Code of medical and sanitary regulations for the guidance of medical officers serving in the Madras Presidency - Volume I
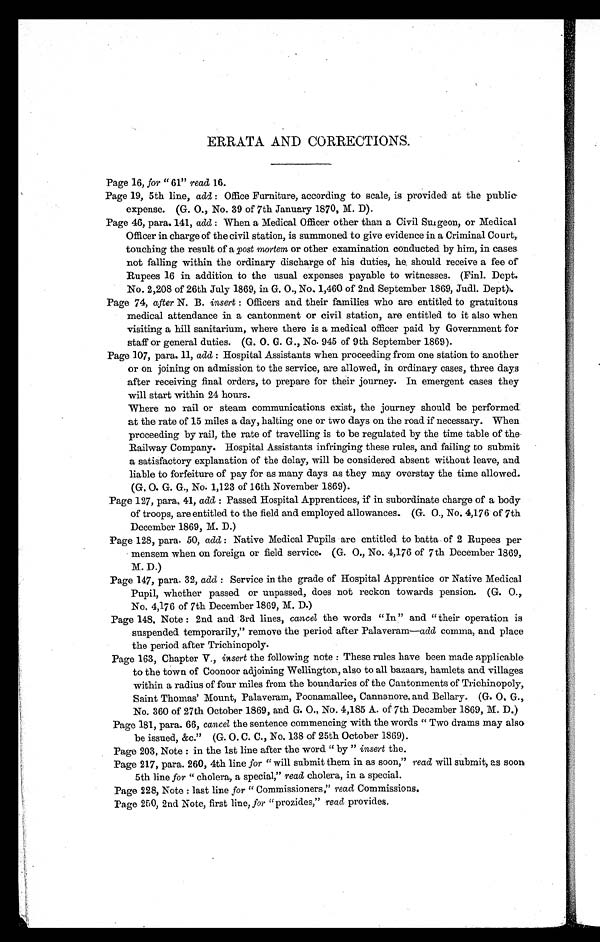
ERRATA AND CORRECTIONS.
Page 16, for "61" read 16.
Page 19, 5th line, add: O f f i c e F u r n i t u r e , a c c o r d i n g t o s c a l e , i s p r o v i d e d a t t h e p u b l i c
expense. (G. O., No. 39 of 7th January 1870, M. D).
Page 46, para. 141, add: W h e n a M e d i c a l O f f i c e r o t h e r t h a n a C i v i l S u r g e o n , o r M e d i c a l
Officer in charge of the civil station, is summoned to give evidence in a Criminal Court,
touching the result of a post mortem or other examination conducted by him, in cases
not falling within the ordinary discharge of his duties, he should receive a fee of
Rupees 16 in addition to the usual expenses payable to witnesses. (Finl. Dept.
No. 2,208 of 26th July 1869, in G. O., No, 1,460 of 2nd September 1869, Judl. Dept).
Page 74, after N. B. insert: Officers and their families who are entitled to gratuitous
medical attendance in a cantonment or civil station, are entitled to it also when
visiting a hill sanitarium, where there is a medical officer paid by Government for
staff or general duties. (G. O. G. G., No. 945 of 9th September 1869).
Page 107, para. 11, add: Hospital Assistants when proceeding from one station to another
or on joining on admission to the service, are allowed, in ordinary cases, three days
after receiving final orders, to prepare for their journey. In emergent cases they
will start within 24 hours.
Where no rail or steam communications exist, the journey should be performed
at the rate of 15 miles a day, halting one or two days on the road if necessary. When
proceeding by rail, the rate of travelling is to be regulated by the time table of the
Railway Company. Hospital Assistants infringing these rules, and failing to submit
a satisfactory explanation of the delay, will be considered absent without leave, and
liable to forfeiture of pay for as many days as they may overstay the time allowed.
(G. O. G. G., No. 1,123 of 16th November 1869).
Page 127, para. 41, add: Passed Hospital Apprentices, if in subordinate charge of a body
of troops, are entitled to the field and employed allowances. (G. O., No. 4,176 of 7th
December 1869, M. D.)
Page 128, para. 50, add: N a t i v e M e d i c a l P u p i l s a r e e n t i t l e d t o b a t t a o f 2 R u p e e s p e r
mensem when on foreign or field service. (G. O., No. 4,176 of 7th December 1869,
M. D.)
Page 147, para. 32, add: Service in the grade of Hospital Apprentice or Native Medical
Pupil, whether passed or unpassed, does not reckon towards pension. (G. O.,.
No. 4,176 of 7th December 1869, M. D.)
Page 148, Note: 2nd and 3rd lines, cancel the words "In" and "their operation is
suspended temporarily," remove the period after Palaveram— add comma, and place
the period after Trichinopoly.
Page 163, Chapter V., insert the following note: These rules have been made applicable
to the town of Coonoor adjoining Wellington, also to all bazaars, hamlets and villages
within a radius of four miles from the boundaries of the Cantonments of Trichinopoly,
Saint Thomas' Mount, Palaveram, Poonamallee, Cannanore, and Bellary. (G. O, G.,
No. 360 of 27th October 1869, and G. O., No. 4,185 A. of 7th December 1869, M. D.)
Page 181, para. 66, cancel the sentence commencing with the words "Two drams may also
b e i s s u e d , & a m p ; c . " ( G . O . C . C . , N o , 1 3 8 o f 2 5 t h O c t o b e r 1 8 6 9 ) .
Page 203, Note: in the 1st line after the word " by " insert the.
Page 217, para. 260, 4th line for " will submit them in as soon,"r e a d
w i l l s u b m i t , a s s o o n
5th line for " cholera, a special," r e a d
c h o l e r a , i n a s p e c i a l .
Page 228, Note: last line for " Commissioners," r e a d
C o m m i s s i o n s .
Page 250, 2nd Note, first line, for "provides," read provides.